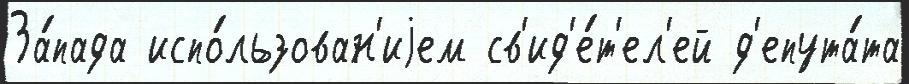
За́пада испо́льзован'иjем св'ид'е́т'ел'ей д'епута́та